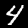
Label: 4